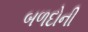
બળદોની